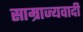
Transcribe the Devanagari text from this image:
साम्राज्‍यवादी